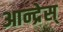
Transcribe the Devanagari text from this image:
आन्द्रेस्